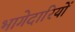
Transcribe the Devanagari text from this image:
भागेदारियों